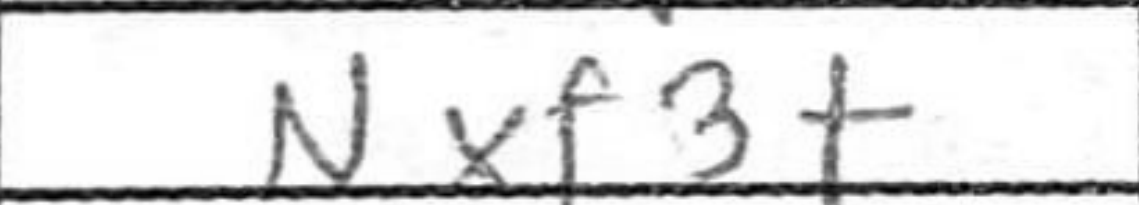
Transcription: Nxf3+